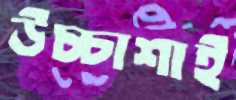
উচ্চাশাই